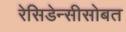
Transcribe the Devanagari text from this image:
रेसिडेन्सीसोबत